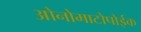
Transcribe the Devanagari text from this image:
ओनोमाटोपोईक